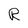
Character: R